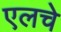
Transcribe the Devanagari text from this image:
एलचे